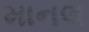
માનલ